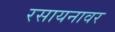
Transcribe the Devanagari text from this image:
रसायनावर